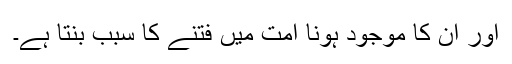
اور ان کا موجود ہونا امت میں فتنے کا سبب بنتا ہے۔